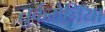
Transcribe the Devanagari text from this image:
तुर्कमेनिया